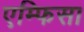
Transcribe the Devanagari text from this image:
एम्फिसा